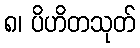
၈၊ ပိဟိတသုတ်